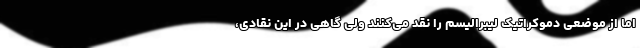
اما از موضعی دموکراتیک لیبرالیسم را نقد می‌کنند ولی گاهی در این نقادی،